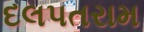
દલપતરામ